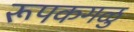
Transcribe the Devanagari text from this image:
रूपकगळु